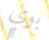
بوي